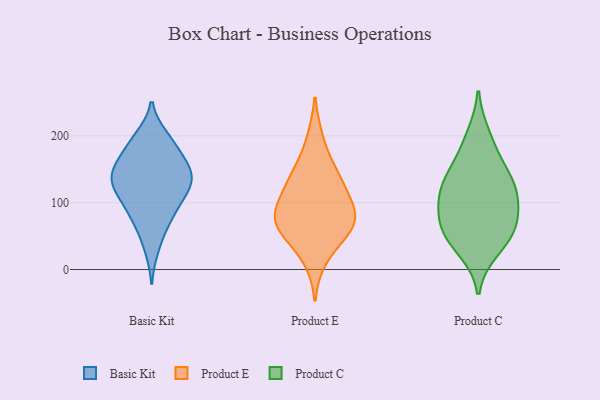
{"axis": {"x": "Website Visitors", "y": "Value"}, "legend": ["Basic Kit", "Product C", "Product E"], "data": [{"x": "", "y": 79, "type": "Basic Kit"}, {"x": "", "y": 115, "type": "Basic Kit"}, {"x": "", "y": 164, "type": "Basic Kit"}, {"x": "", "y": 147, "type": "Basic Kit"}, {"x": "", "y": 60, "type": "Basic Kit"}, {"x": "", "y": 30, "type": "Basic Kit"}, {"x": "", "y": 144, "type": "Basic Kit"}, {"x": "", "y": 79, "type": "Basic Kit"}, {"x": "", "y": 171, "type": "Basic Kit"}, {"x": "", "y": 199, "type": "Basic Kit"}, {"x": "", "y": 115, "type": "Basic Kit"}, {"x": "", "y": 194, "type": "Basic Kit"}, {"x": "", "y": 129, "type": "Basic Kit"}, {"x": "", "y": 111, "type": "Basic Kit"}, {"x": "", "y": 133, "type": "Basic Kit"}, {"x": "", "y": 94, "type": "Basic Kit"}, {"x": "", "y": 160, "type": "Basic Kit"}, {"x": "", "y": 193, "type": "Basic Kit"}, {"x": "", "y": 133, "type": "Basic Kit"}, {"x": "", "y": 145, "type": "Basic Kit"}, {"x": "", "y": 55, "type": "Product E"}, {"x": "", "y": 57, "type": "Product E"}, {"x": "", "y": 98, "type": "Product E"}, {"x": "", "y": 77, "type": "Product E"}, {"x": "", "y": 71, "type": "Product E"}, {"x": "", "y": 60, "type": "Product E"}, {"x": "", "y": 97, "type": "Product E"}, {"x": "", "y": 96, "type": "Product E"}, {"x": "", "y": 144, "type": "Product E"}, {"x": "", "y": 140, "type": "Product E"}, {"x": "", "y": 15, "type": "Product E"}, {"x": "", "y": 137, "type": "Product E"}, {"x": "", "y": 196, "type": "Product E"}, {"x": "", "y": 56, "type": "Product C"}, {"x": "", "y": 46, "type": "Product C"}, {"x": "", "y": 136, "type": "Product C"}, {"x": "", "y": 30, "type": "Product C"}, {"x": "", "y": 129, "type": "Product C"}, {"x": "", "y": 98, "type": "Product C"}, {"x": "", "y": 200, "type": "Product C"}, {"x": "", "y": 170, "type": "Product C"}, {"x": "", "y": 70, "type": "Product C"}, {"x": "", "y": 107, "type": "Product C"}, {"x": "", "y": 126, "type": "Product C"}, {"x": "", "y": 72, "type": "Product C"}]}